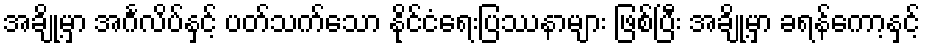
အချို့မှာ အင်္ဂလိပ်နှင့် ပတ်သက်သော နိုင်ငံရေးပြဿနာများ ဖြစ်ပြီး အချို့မှာ ခရန်ကော့နှင့်